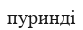
пуринді